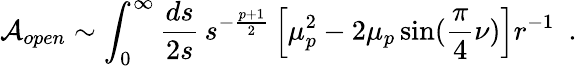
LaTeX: {\cal A}_{open}\sim\int_{0}^{\infty}{\frac{ds}{2s}}\, s^{-{\frac{p+1}{2}}}\left[\mu_{p}^{2}-2\mu_{p}\sin({\frac{\pi}{4}}\nu)\right]r^{-1}~~.